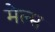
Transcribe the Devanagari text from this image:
मेल्स